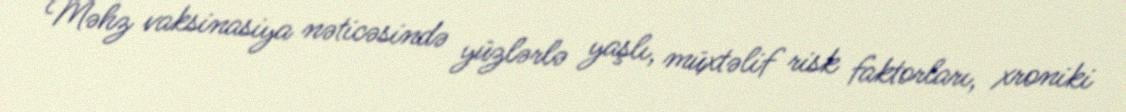
Məhz vaksinasiya nəticəsində yüzlərlə yaşlı, müxtəlif risk faktorları, xroniki